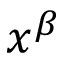
x ^ { \beta }